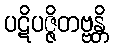
ပဋိပဇ္ဇိတဗ္ဗန္တိ